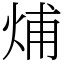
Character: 烳